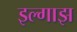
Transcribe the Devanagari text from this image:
इल्गाझ